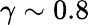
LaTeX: \gamma\sim 0.8